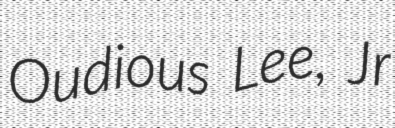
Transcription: Oudious Lee, Jr